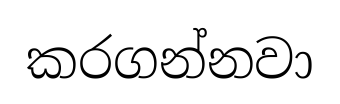
කරගන්නවා